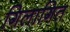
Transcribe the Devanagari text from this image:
गिलागित